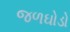
જળઘોડો